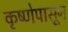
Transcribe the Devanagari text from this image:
कृष्णेपासून